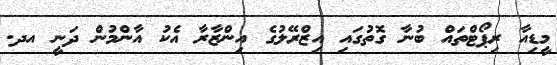
މީޑިއާ ރިޕޯޓްތައް ބުނާ ގޮތުގައި އިޒްރޭލުގެ އިންޒާރާ އެކު އާންމުން ދަނީ އދ.